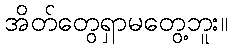
အိတ်တွေရှာမတွေ့ဘူး။